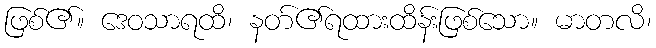
ဖြစ်၏။ ဒေဝသာရထိ၊ နတ်၏ရထားထိန်းဖြစ်သော။ မာတလိ၊